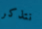
نتذكر